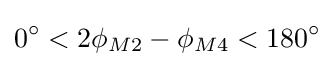
0^{\circ }<2\phi _{M2}-\phi _{M4}<180^{\circ }